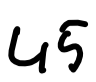
Text: 45
Cross-out: clean
Writing tool: digital_black